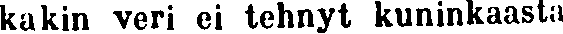
kakin veri ei tehnyt kuninkaasta